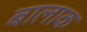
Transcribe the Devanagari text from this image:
बालाक